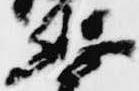
兵